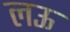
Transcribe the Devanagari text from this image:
लऊ